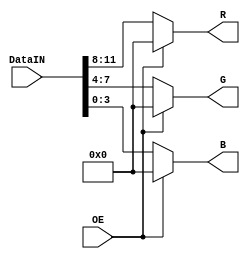
`timescale 1ns / 1ps
//////////////////////////////////////////////////////////////////////////////////
// Company: 
// Engineer: 
// 
// Design Name: 
// Module Name:    controlSalidaVGA 
// Project Name: 
// Target Devices: 
// Tool versions: 
// Description: 
//
// Dependencies: 
//
// Revision: 
// Revision 0.01 - File Created
// Additional Comments: 
//
//////////////////////////////////////////////////////////////////////////////////
module controlSalidaVGA(
		input [11:0] DataIN,
		input OE,
		output [3:0] R,
		output [3:0] G,
		output [3:0] B
    );

	 assign R = OE ? 3'b000 : DataIN[11:8];
	 assign G = OE ? 3'b000 : DataIN[7:4];
	 assign B = OE ? 3'b000 : DataIN[3:0];
	
endmodule